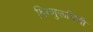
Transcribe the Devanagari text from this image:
विष्णुरूपिणी